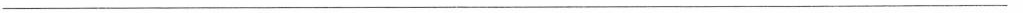
___